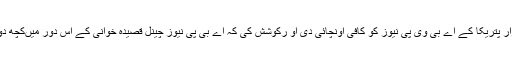
میلند کھانڈیکر نے آنند بازار پتریکا کے اے بی وی پی نیوز کو کافی اونچائی دی او رکوشش کی کہ اے بی پی نیوز چینل قصیدہ خوانی کے اس دور میںکچھ دوسری چیزیںبھی دکھائے۔